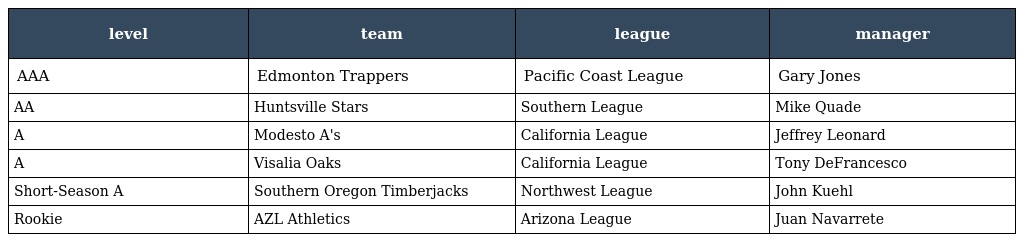
| level | team | league | manager |
 | --- | --- | --- | --- |
 | AAA | Edmonton Trappers | Pacific Coast League | Gary Jones |
 | AA | Huntsville Stars | Southern League | Mike Quade |
 | A | Modesto A's | California League | Jeffrey Leonard |
 | A | Visalia Oaks | California League | Tony DeFrancesco |
 | Short-Season A | Southern Oregon Timberjacks | Northwest League | John Kuehl |
 | Rookie | AZL Athletics | Arizona League | Juan Navarrete |